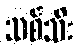
သစ်သီး